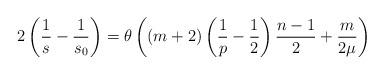
LaTeX: \begin{align*}2 \left( \frac 1 s -\frac 1 {s_0} \right)= \theta \left( (m+2)\left(\frac 1p -\frac 1 2\right)\frac {n-1}{2} + \frac m {2\mu} \right)\end{align*}